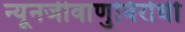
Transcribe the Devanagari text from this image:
न्यूनजीवाणुविरोधी